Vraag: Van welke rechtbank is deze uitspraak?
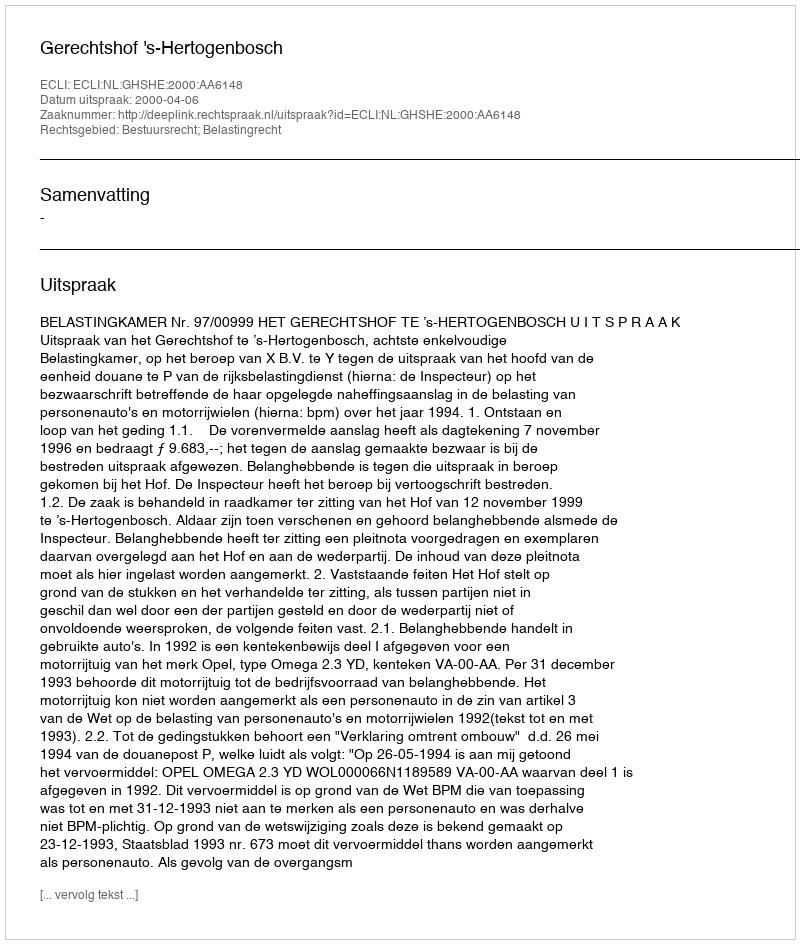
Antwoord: Gerechtshof 's-Hertogenbosch